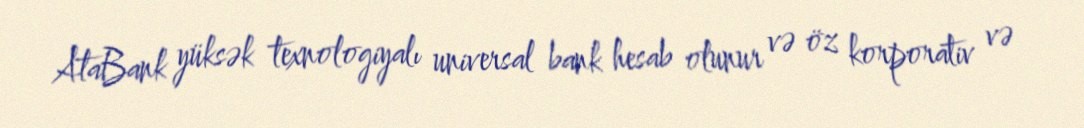
AtaBank yüksək texnologiyalı universal bank hesab olunur və öz korporativ və